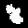
Label: 8